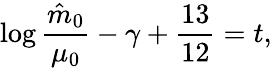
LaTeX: \log{\frac{\hat{m}_{0}}{\mu_{0}}}-\gamma+{\frac{13}{12}}=t,